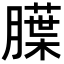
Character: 𬛚